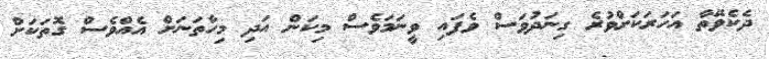
ދެކެވޭތާ އަހަރަކަށްވުރެ ގިނަދުވަސް ވެފައި ވީނަމަވެސް މިކަން އަދި މިހާތަނަށް އެއްވެސް ގޮތަކަށް